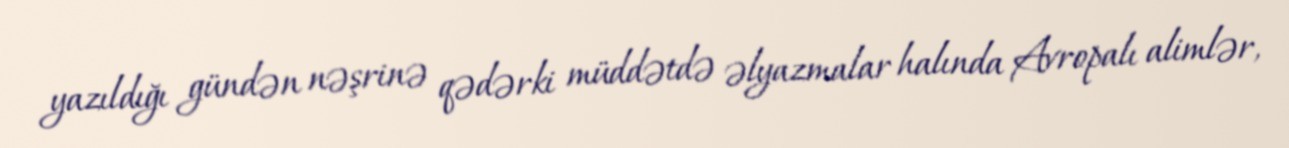
yazıldığı gündən nəşrinə qədərki müddətdə əlyazmalar halında Avropalı alimlər,